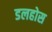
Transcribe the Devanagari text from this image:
डलहोस